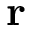
\mathbf { r }